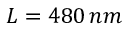
L = 4 8 0 \, n m